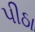
પીઠા